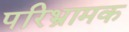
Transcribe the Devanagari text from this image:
परिभ्रामक